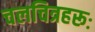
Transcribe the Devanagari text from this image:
चलचित्रहरूः